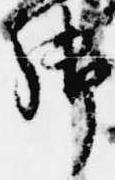
御